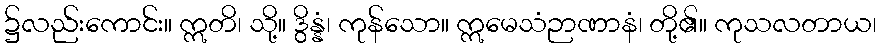
၌လည်းကောင်း။ ဣတိ၊ သို့။ ဒွိန္နံ၊ ကုန်သော။ ဣမေသံဉာဏာနံ၊ တို့၏။ ကုသလတာယ၊